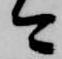
今